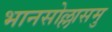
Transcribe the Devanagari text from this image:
भानसोल्लासमु